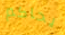
يحاكم